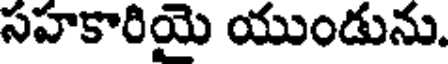
సహకారియై యుండును.